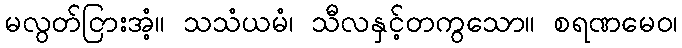
မလွတ်ငြားအံ့။ သသံယမံ၊ သီလနှင့်တကွသော။ စရဏမေဝ၊